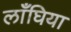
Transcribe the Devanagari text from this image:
लाँघिया